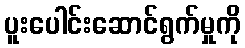
ပူးပေါင်းဆောင်ရွက်မှုကို